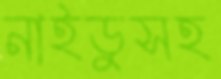
নাইডুসহ